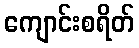
ကျောင်းစရိတ်